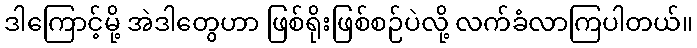
ဒါကြောင့်မို့ အဲဒါတွေဟာ ဖြစ်ရိုးဖြစ်စဉ်ပဲလို့ လက်ခံလာကြပါတယ်။